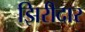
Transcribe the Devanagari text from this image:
झिरीदार